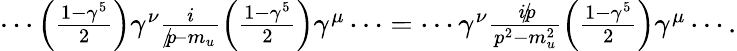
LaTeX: \begin{array}{r}{\cdots\left(\frac{1-\gamma^{5}}{2}\right)\gamma^{\nu}\frac{i}{p\! \! \! /-m_{u}}\left(\frac{1-\gamma^{5}}{2}\right)\gamma^{\mu}\cdots=\cdots\gamma^{\nu}\frac{ip\! \! \! /}{p^{2}-m_{u}^{2}}\left(\frac{1-\gamma^{5}}{2}\right)\gamma^{\mu}\cdots.}\end{array}